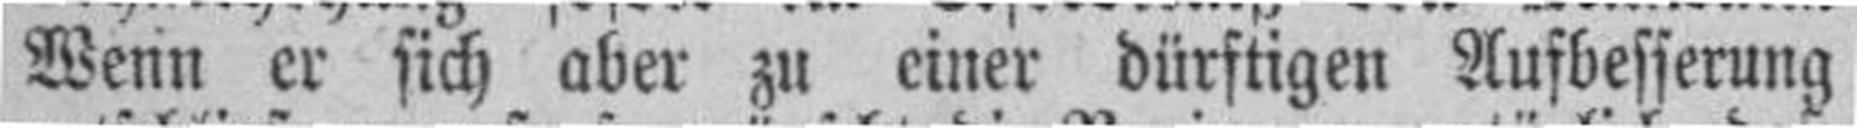
Wenn er sich aber zu einer dürftigen Aufbesserung